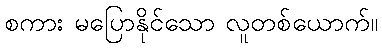
စကား မပြောနိုင်သော လူတစ်ယောက်။